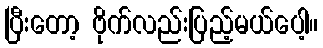
ပြီးတော့ ဗိုက်လည်းပြည့်မယ်ပေါ့။